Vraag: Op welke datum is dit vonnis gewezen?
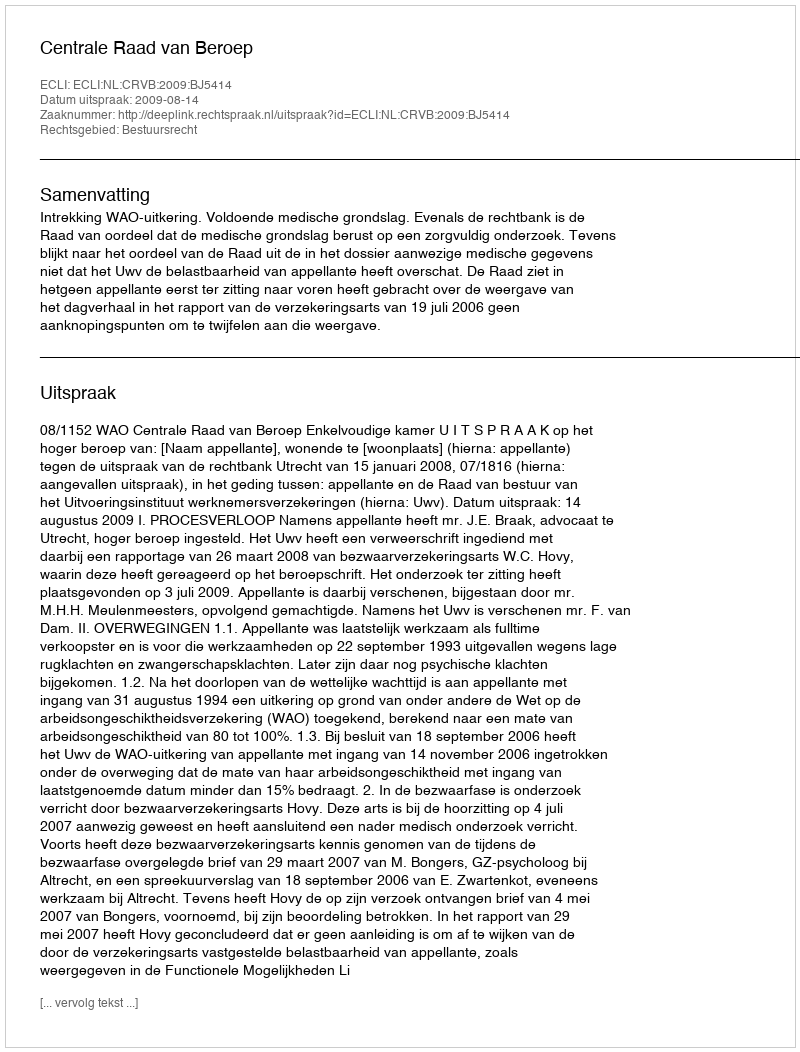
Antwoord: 2009-08-14